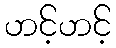
ဟင့်ဟင့်